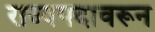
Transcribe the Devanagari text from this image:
राज्यपदावरून